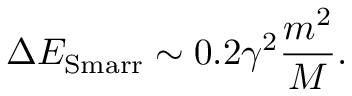
\Delta E _ { \mathrm { S m a r r } } \sim 0 . 2 \gamma ^ { 2 } \frac { m ^ { 2 } } { M } .